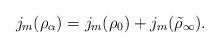
LaTeX: \begin{align*}j_{m}(\rho_{\alpha}) = j_{m}(\rho_{0})+j_{m}(\tilde{\rho}_{\infty}).\end{align*}